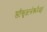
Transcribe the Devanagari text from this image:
स्वीकृतानेकविग्रह